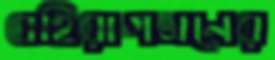
বহিরাগমনের